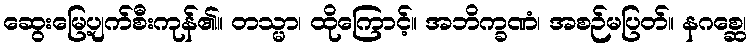
ဆွေးမြေ့ပျက်စီးကုန်၏။ တသ္မာ၊ ထိုကြောင့်။ အဘိက္ခဏံ၊ အစဉ်မပြတ်။ နဂစ္ဆေ၊